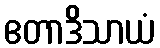
ဧတာဒိသာယံ